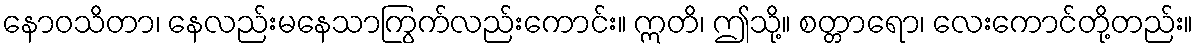
နောဝသိတာ၊ နေလည်းမနေသာကြွက်လည်းကောင်း။ ဣတိ၊ ဤသို့။ စတ္တာရော၊ လေးကောင်တို့တည်း။